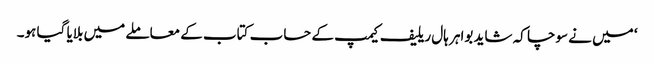
‘ میں نے سوچا کہ شاید بواہر ہال ریلیف کیمپ کے حساب کتاب کے معاملے میں بلایا گیا ہو۔